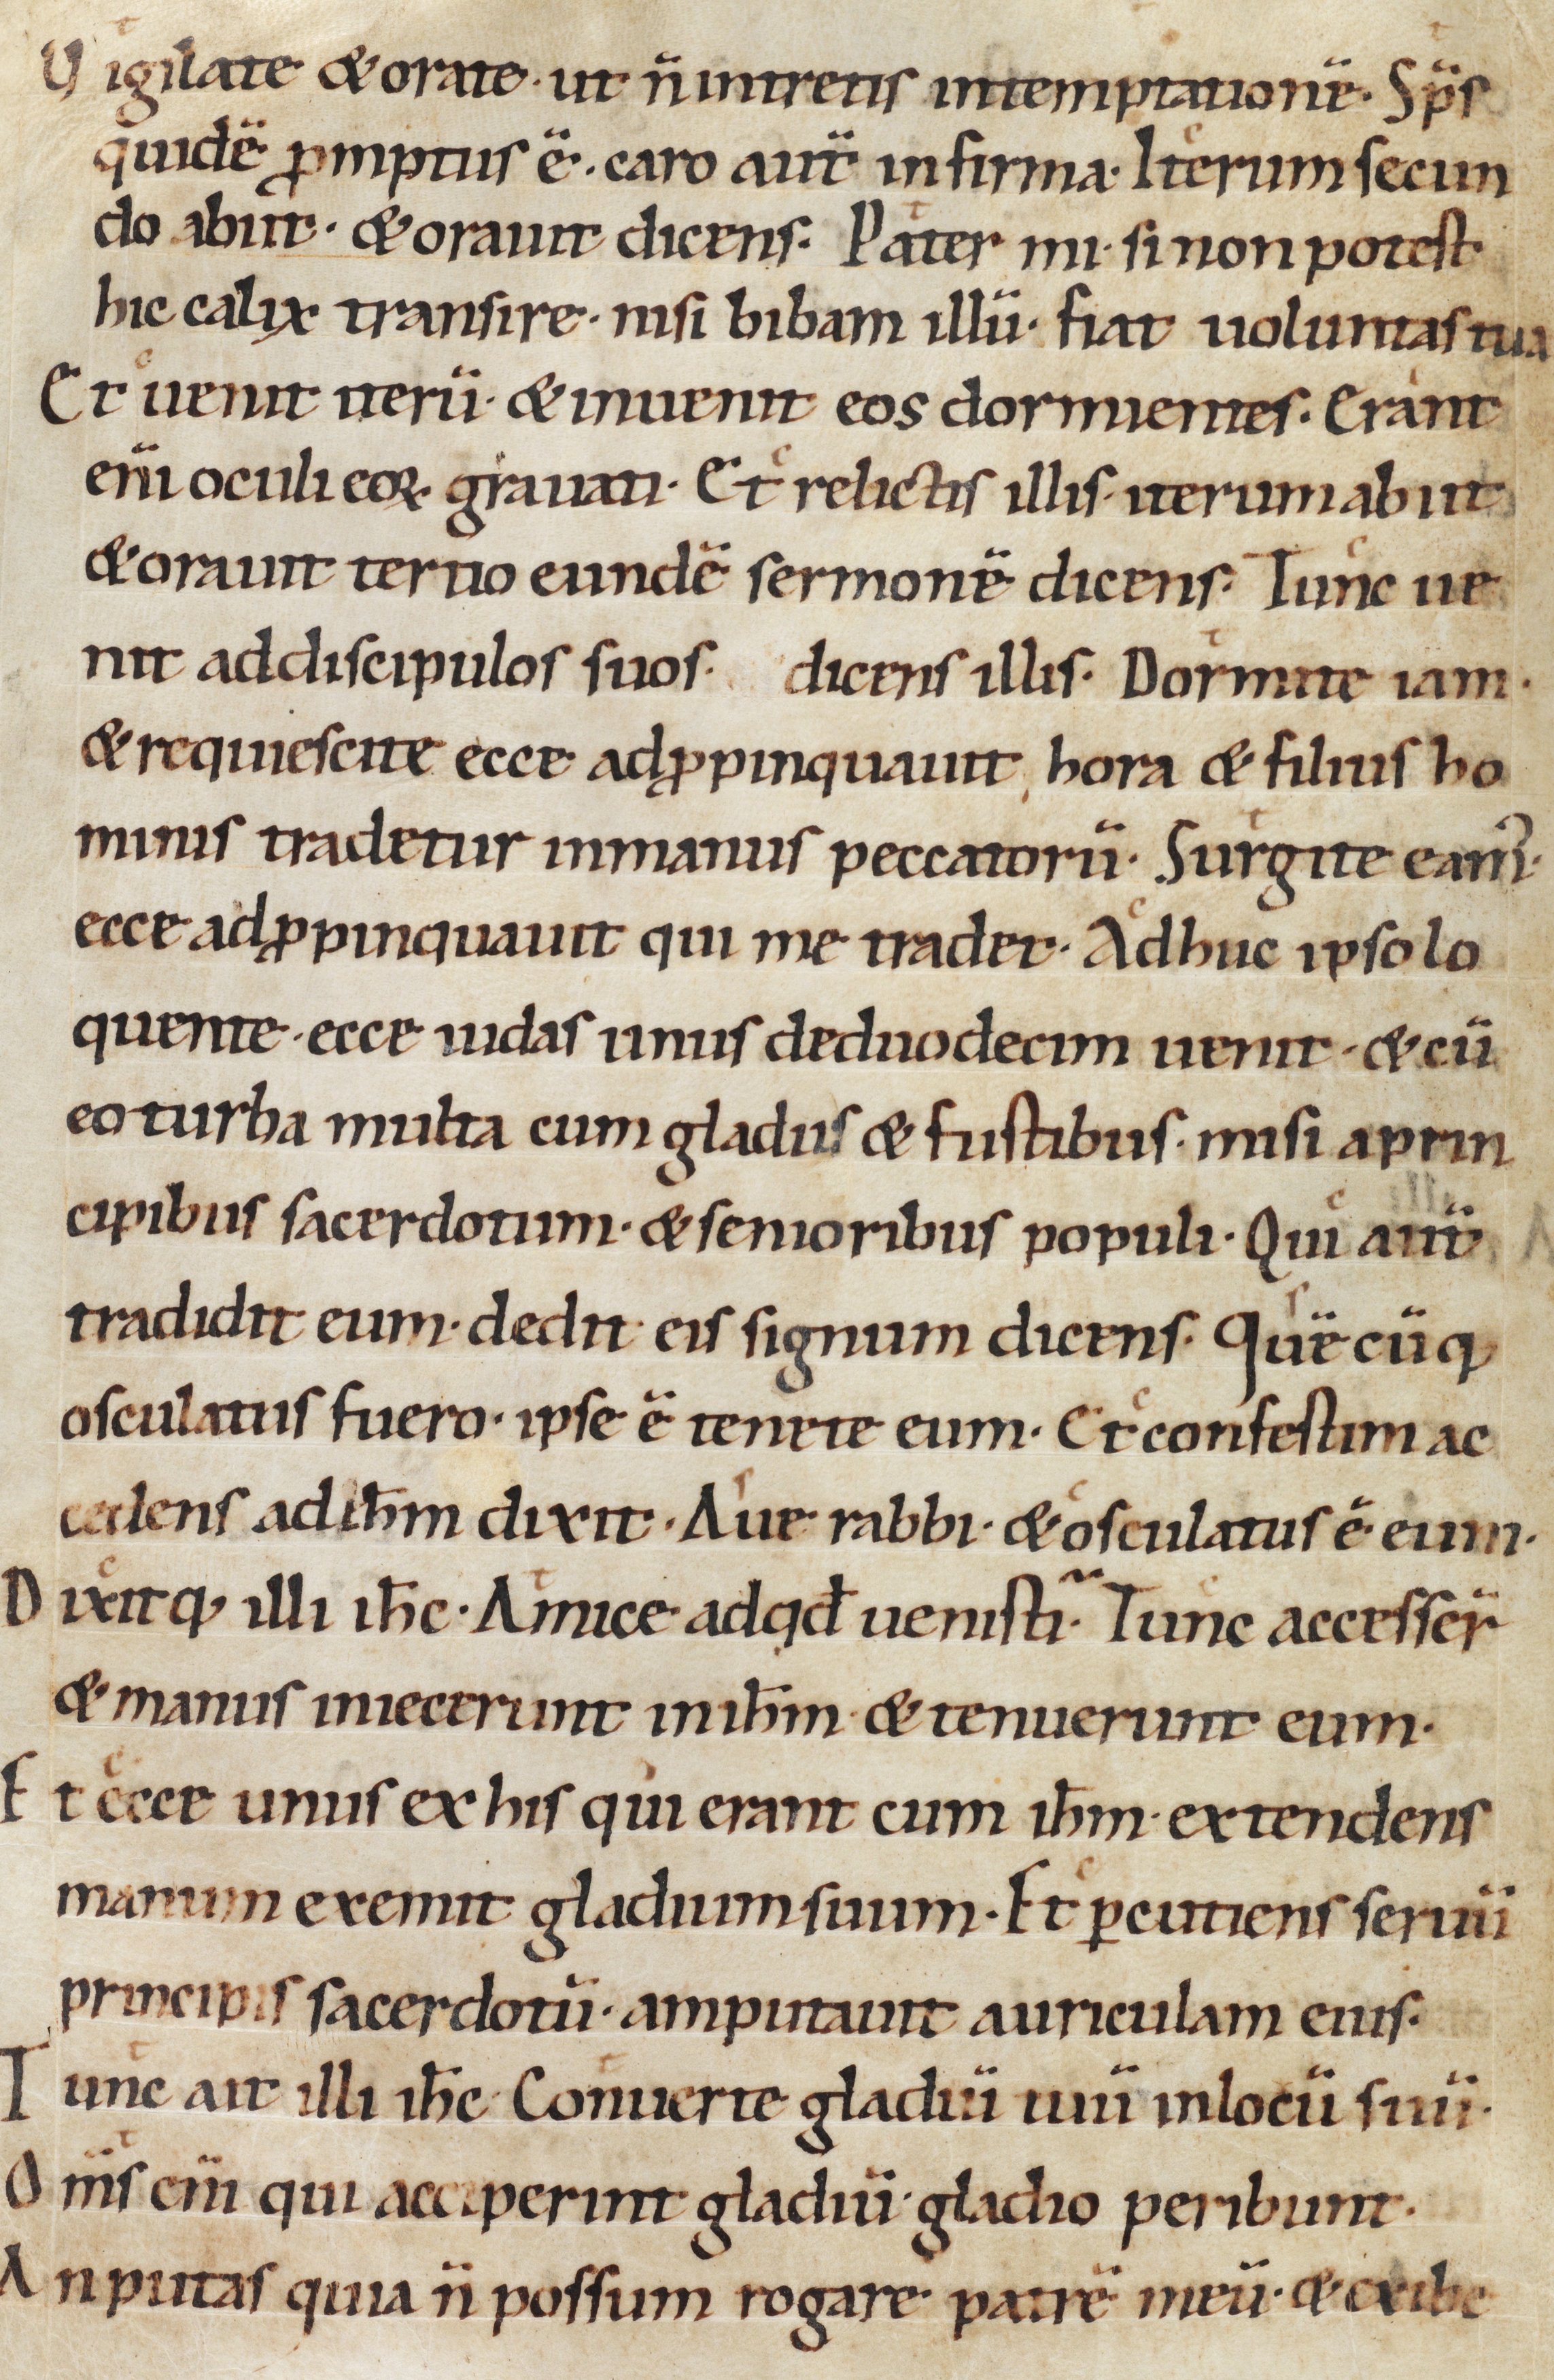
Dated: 1000–1049